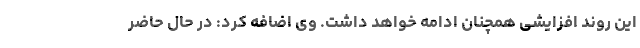
این روند افزایشی همچنان ادامه خواهد داشت. وی اضافه کرد: در حال حاضر